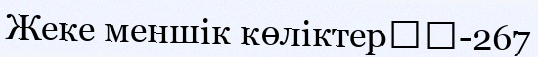
Жеке меншік көліктер		-267